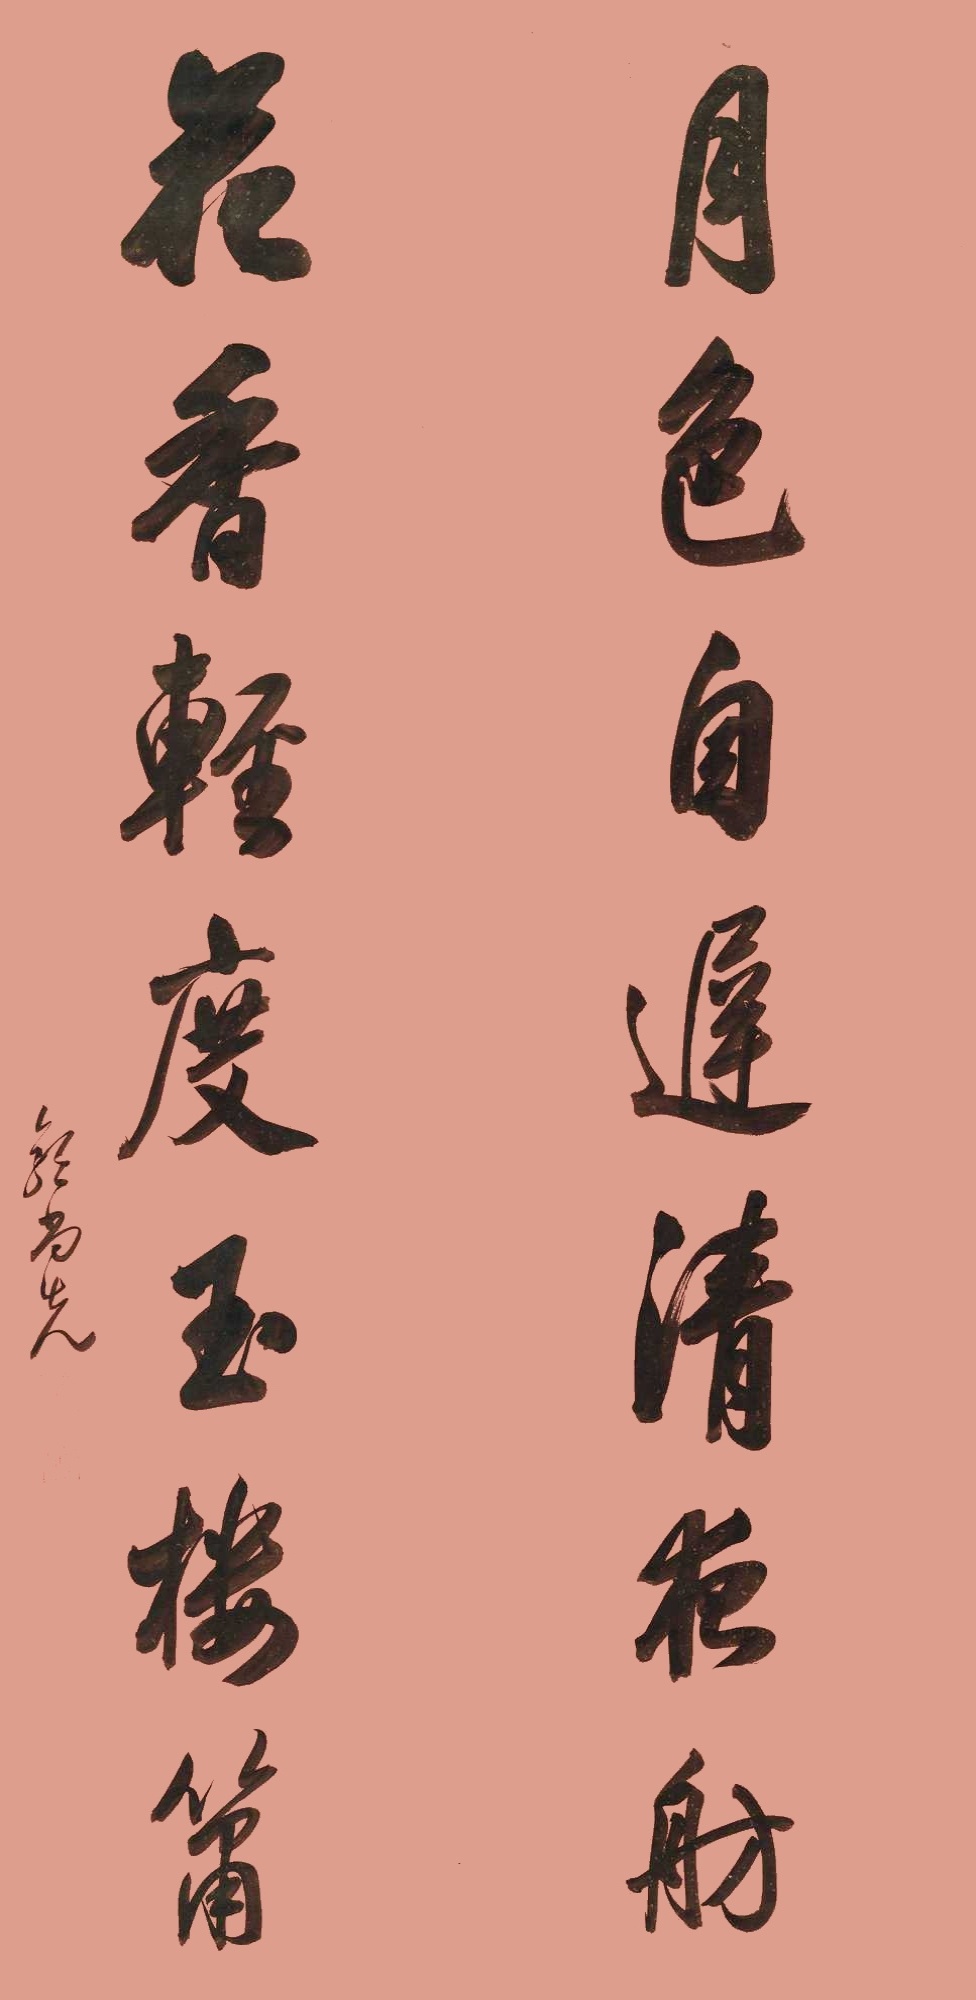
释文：月色自迟清夜舫，花香轻度玉楼箫。郭尚先。